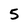
Character: 5